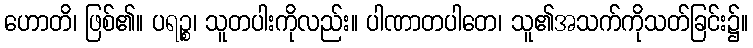
ဟောတိ၊ ဖြစ်၏။ ပရဉ္စ၊ သူတပါးကိုလည်း။ ပါဏာတပါတေ၊ သူ၏အသက်ကိုသတ်ခြင်း၌။